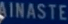
AINASTE